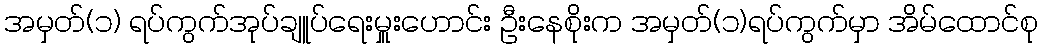
အမှတ်(၁) ရပ်ကွက်အုပ်ချူပ်ရေးမှူးဟောင်း ဦးနေစိုးက အမှတ်(၁)ရပ်ကွက်မှာ အိမ်ထောင်စု